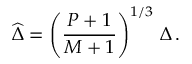
\widehat { \Delta } = \left( \frac { P + 1 } { M + 1 } \right) ^ { 1 / 3 } \, \Delta \, .